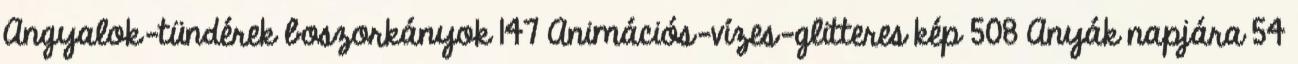
Angyalok-tündérek boszorkányok 147 Animációs-vízes-glitteres kép 508 Anyák napjára 54